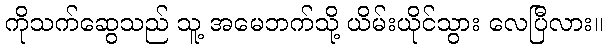
ကိုသက်ဆွေသည် သူ့ အမေဘက်သို့ ယိမ်းယိုင်သွား လေပြီလား။